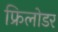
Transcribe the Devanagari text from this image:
फ्रिलोडर